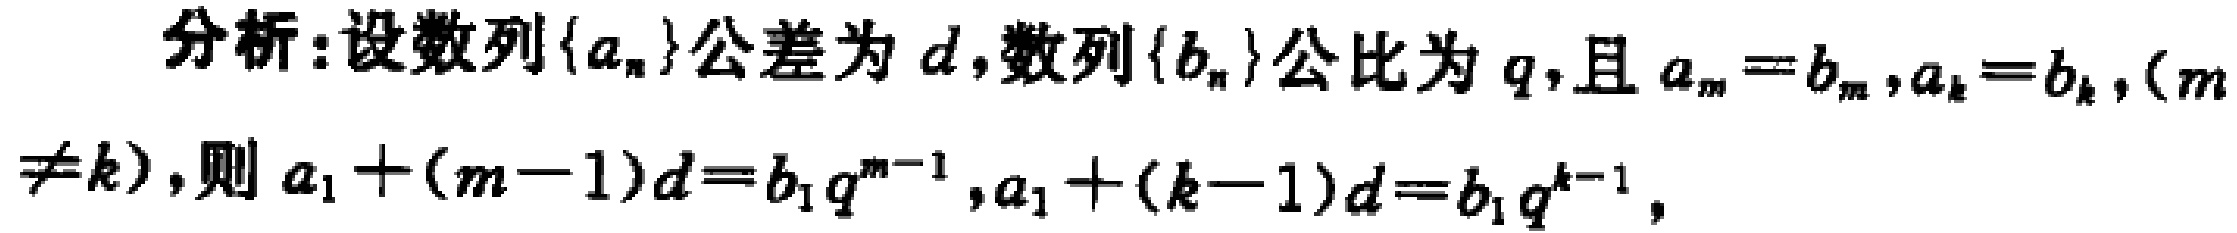
分析:设数列\(\{a_{n}\}\)公差为\(d\),数列\(\{b_{n}\}\)公比为\(q\),且\(a_{m}=b_{m},a_{k}=b_{k},(m\neq k)\),则\(a_{1}+(m - 1)d = b_{1}q^{m - 1},a_{1}+(k - 1)d = b_{1}q^{k - 1}\),